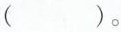
()。